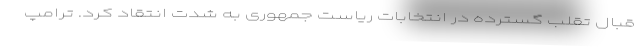
قبال تقلب گسترده در انتخابات ریاست جمهوری به شدت انتقاد کرد. ترامپ